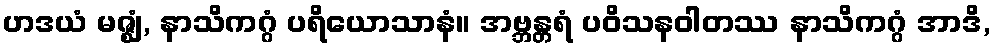
ဟဒယံ မဇ္ဈံ, နာသိကဂ္ဂံ ပရိယောသာနံ။ အဗ္ဘန္တရံ ပဝိသနဝါတဿ နာသိကဂ္ဂံ အာဒိ,